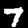
Digit: 7